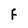
Character: F